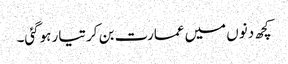
کچھ دنوں میں عمارت بن کر تیار ہوگئی۔